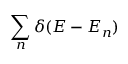
\sum _ { n } \delta ( E - E _ { n } )